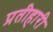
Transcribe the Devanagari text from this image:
प्रतीहारी